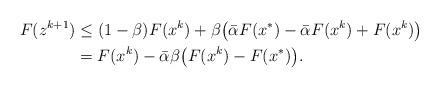
LaTeX: \begin{align*}F(z^{k+1}) &\leq (1 - \beta) F(x^k) + \beta \big( \bar{\alpha} F(x^{*}) - \bar{\alpha} F(x^k) + F(x^k)\big) \\&=F(x^k) - \bar{\alpha}\beta\big( F(x^k) - F(x^{*})\big).\end{align*}